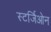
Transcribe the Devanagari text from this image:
स्टर्जिओन